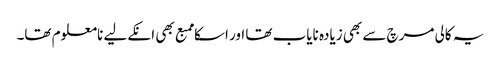
یہ کالی مرچ سے بھی زیادہ نایاب تھا اور اسکا ممبع بھی انکےلیے نامعلوم تھا۔